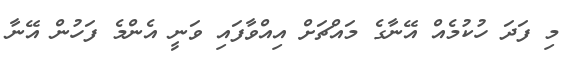
މި ފަދަ ހުކުމެއް އޭނާގެ މައްޗަށް އިއްވާފައި ވަނީ އެންމެ ފަހުން އޭނާ